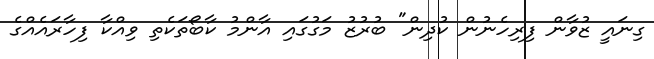
ގިނައީ ޒުވާން ފިރިހެނުން ކުދިން" ބުރުޒު މަގުގައި އާންމު ކާބޯތަކެތި ވިއްކާ ފިހާރައެއްގެ